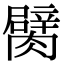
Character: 𦡜